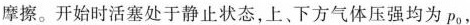
摩擦。开始时活塞处于静止状态，上、下方气体压强均为P_{0},